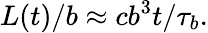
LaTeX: {L(t)}/b\approx{cb^{3}t}/{\tau_{b}}.